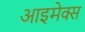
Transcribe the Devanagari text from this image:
आइमेक्स